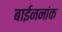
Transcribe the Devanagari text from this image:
बाईननांक